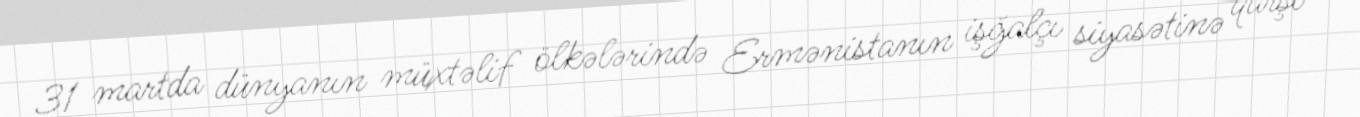
31 martda dünyanın müxtəlif ölkələrində Ermənistanın işğalçı siyasətinə qarşı